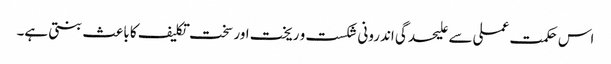
اس حکمت عملی سے علیحدگی اندرونی شکست و ریخت اور سخت تکلیف کا با عث بنتی ہے۔